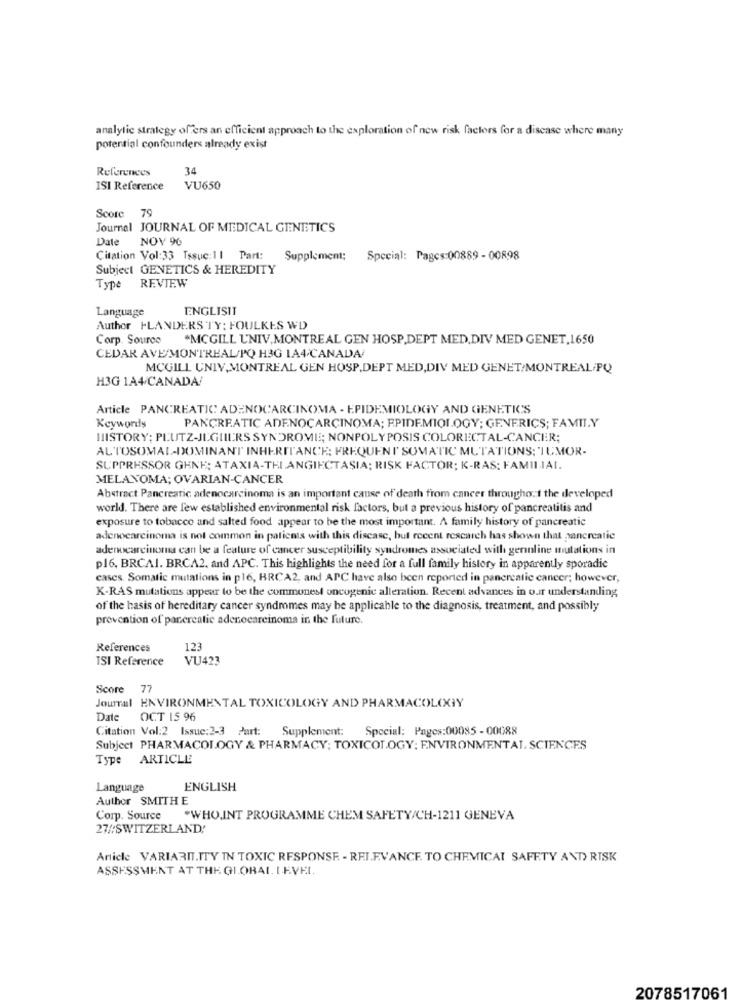
analytic strategy offers an efficient approach to the exploration of new risk factors for a disease where many
potential confounders already exist
References
34
ISI Reference
VU650
Score 79
Journal JOURNAL OF MEDICAL GENETICS
Date NOV 90
Citation Vol:33 Tssuç:11 Part: Supplement: Special: Pages:00889 - 00898
Subject GENETICS & HEREDITY
Type REVIEW
Language
ENGLISIT
Author FLANDERS TY: FOULKES WD
Corp. Source
MCGILL UNIV, MONTREAL GEN HOSP.DEPT MED,DIV MED GENET,1650
CEDAR AVE/MONTREAL/PQ H3G 1A4/CANADA
MCGILL UNIV,MONTREAL GEN HOSP.DEPT MED, DIV MED GENET/MONTREAL/PQ
H3G 1A4/CANADA/
Article PANCREATIC ADENOCARCINOMA - EPIDEMIOLOGY AND GENETICS
Keywords
PANCREATIC ADENOCARCINOMA; EPIDEMIOLOGY; GENERICS; FAMILY
HISTORY: PLUTZ-JLGUIERS SYNDROME; NONPOLY POSIS COLORECTAL-CANCER;
ALTOSOMAL-DOMINANT INHERITANCE: FREQUEN I' SOMATIC MUTATIONS: 'TUMOR-
SUPPRESSOR GENE; ATAXIA-THIANGIECTASIA; RISK FACTOR; K-RAS: FAMILIAI.
MELANOMA; OVARIAN-CANCER
Abstract Pancreatic adenocarcinoma is an important cause of death from cancer throughout the developed
world. There are few established environmental risk factors, but a previous history of pancreatitis and
exposure to tobacco and salted food appear to be the most important. A family history of pancreatic
adenocarcinoma is not common in patients with this disease, but recent research has shown that pancreatic
adenocarcinoma can be a feature of cancer susceptibility syndromes associated with gerinline mutations in
p16, BRCAI. BRCA2, and APC. This highlights the need for a full family history in apparently sporadic
cases. Somatic mutations in p16, BRCA2, and APC have also been reported in pancreatic cancer; however,
K-RAS mutations appear to be the commonest oncogenic alleration. Recent advances in our understanding
of the basis of hereditary cancer syndromes may be applicable to the diagnosis, treatment, and possibly
prevention of pancreatic adenocarcinoma in the future.
References
123
TSI Reference
VU423
Score 77
Jourral ENVIRONMENTAL TOXICOLOGY AND PHARMACOLOGY
Date
OCT 15 96
Citation Vol:2 Issue:2-3 Part:
Supplement:
Special: Pages:00085 - 00088
Subject PHARMACOLOGY & PHARMACY; TOXICOLOGY: ENVIRONMENTAL SCIENCES
Type ARTICLE
Language
ENGLISH
Author SMITH E
Corp. Source .WHO.INT PROGRAMME CHEM SAFETY/CH-1211 GENEVA
27//SWITZERLAND,
Article VARIARIT.ITY IN TOXIC RESPONSE - REI.E.VANCE. TO CHEMICAL SAFETY AND RISK
ASSESSMENT AT THE GLOBAL. I.E.VEL.
2078517061